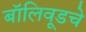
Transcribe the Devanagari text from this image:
बॉलिवूडचे